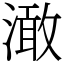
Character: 澉